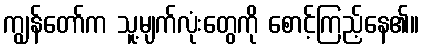
ကျွန်တော်က သူ့မျက်လုံးတွေကို စောင့်ကြည့်နေ၏။